Indian journal of veterinary science and animal husbandry - Volume 11,
Year: 1941
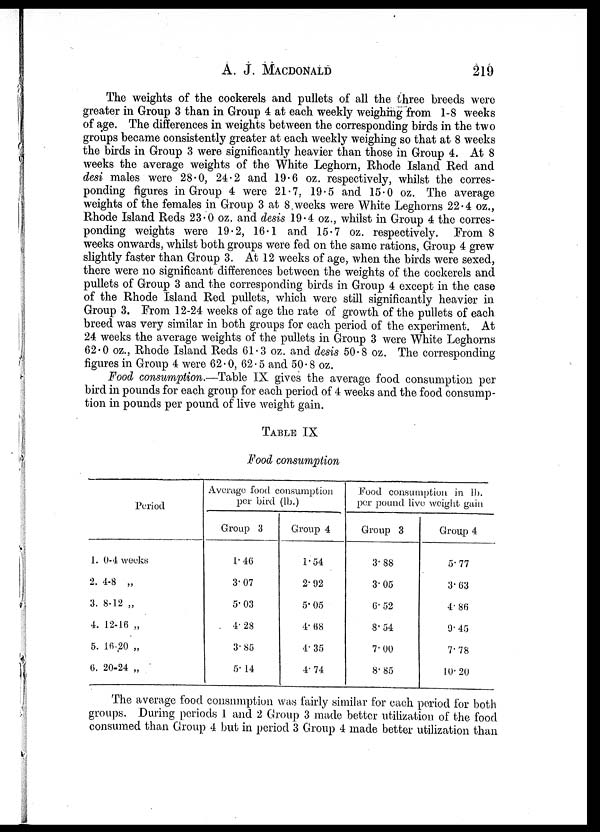
A. J. MACDONALD 219
The weights of the cockerels and pullets of all the three breeds were
greater in Group 3 than in Group 4 at each weekly weighing from 1-8 weeks
of age. The differences in weights between the corresponding birds in the two
groups became consistently greater at each weekly weighing so that at 8 weeks
the birds in Group 3 were significantly heavier than those in Group 4. At 8
weeks the average weights of the White Leghorn, Rhode Island Red and
desi males were 28.0, 24.2 and 19.6 oz. respectively, whilst the corres-
ponding figures in Group 4 were 21.7, 19.5 and 15.0 oz. The average
weights of the females in Group 3 at 8 weeks were White Leghorns 22.4 oz.,
Rhode Island Reds 23.0 oz. and desis 19.4 oz., whilst in Group 4 the corres-
ponding weights were 19.2, 16.1 and 15.7 oz. respectively. From 8
weeks onwards, whilst both groups were fed on the same rations, Group 4 grew
slightly faster than Group 3. At 12 weeks of age, when the birds were sexed,
there were no significant differences between the weights of the cockerels and
pullets of Group 3 and the corresponding birds in Group 4 except in the case
of the Rhode Island Red pullets, which were still significantly heavier in
Group 3. From 12-24 weeks of age the rate of growth of the pullets of each
breed was very similar in both groups for each period of the experiment. At
24 weeks the average weights of the pullets in Group 3 were White Leghorns
62.0 oz., Rhode Island Reds 61.3 oz. and desis 50.8 oz. The corresponding
figures in Group 4 were 62.0, 62.5 and 50.8 oz.
Food consumption.—Table IX gives the average food consumption per
bird in pounds for each group for each period of 4 weeks and the food consump-
tion in pounds per pound of live weight gain.
TABLE IX
Food consumption
Period
1. 0-4 weeks
2. 4-8 „
3. 8-12 „
4. 12-16 „
5. 16-20 „
6. 20-24 „
Average food consumption
per bird (lb.)
Group 3
1.46
3.07
5.03
4.28
3.85
5.14
Group 4
1.54
2.92
5.05
4.68
4.35
4.74
Food consumption in lb.
per pound live weight gain
Group 3
3.88
3.05
6.52
8.54
7.00
8.85
Group 4
5.77
3.63
4.86
9.45
7.78
10.20
The average food consumption was fairly similar for each period for both
groups. During periods 1 and 2 Group 3 made better utilization of the food
consumed than Group 4 but in period 3 Group 4 made better utilization than